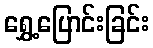
ရွှေ့ပြောင်းခြင်း